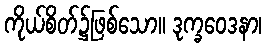
ကိုယ်စိတ်၌ဖြစ်သော။ ဒုက္ခဝေဒနာ၊